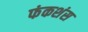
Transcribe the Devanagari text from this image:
फंकशंस